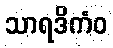
သာရဒိကံဝ